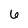
Character: 6